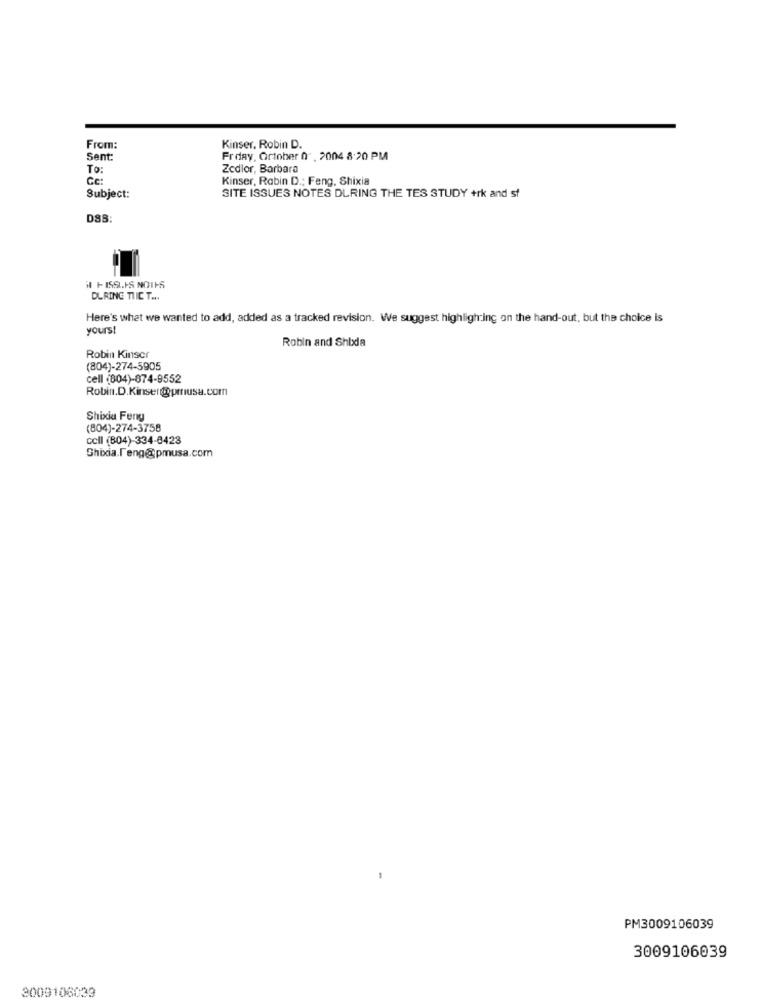
From:
Kinser, Robin D.
Sent:
Frday, Ortober 0" , 2004 8:20 PM
To:
Zedlor, Barbara
Ge:
Kinser, Rabin D .: Feng, Shixia
Subject:
SITE ISSUES NOTES DURING THE TES STUDY +rk and st
D83:
i FISSI.IS NOIFS
DURING THIC T ...
Here's what we wanted to add, added as a tracked revision. We suggest highlighting on the hand-out, but the choice is
yours!
Robin and Shbxa
Robin Kinser
(804)-274-5905
cell (804)-874-9552
Robin.D.Kinserprusa.com
Shixia Feny
(804)-274-3758
cell (804)-334-8423
Shixia.Feng@pmusa.com
PM3009106039
3009106039
3009106033